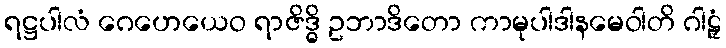
ရဋ္ဌပါလံ ဂေဟေယေဝ ရာဇိဒ္ဓိ ဥဘာဒိတော ကာမုပါဒါနမေဝါတိ ဂါဠှံ